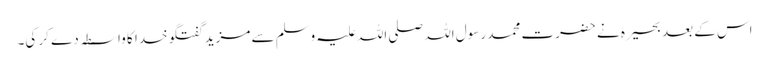
اس کے بعد بحیرہ نے حضرت محمد رسول اللہ صلی اللہ علیہ وسلم سے مزید گفتگو خدا کا واسطہ دے کر کی۔